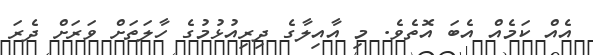
އެއް ކަމެއް އެބަ އޮތެވެ. މި އާއިލާގެ ދިރިއުޅުމުގެ ހާލަތަށް ވަރަށް ދެރަ